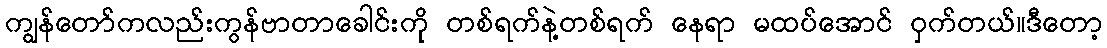
ကျွန်တော်ကလည်းကွန်ဗာတာခေါင်းကို တစ်ရက်နဲ့တစ်ရက် နေရာ မထပ်အောင် ဝှက်တယ်။ဒီတော့